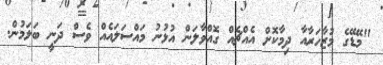
"މޭޑޭގެ މުޒާހަރާއާ ދިމާކޮށް އެއްޗެއް ގޮއްވާލަން އުޅުނު މައްސަލައެއް ވެސް ދަނީ ބަލަމުން.